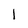
Character: 1